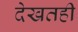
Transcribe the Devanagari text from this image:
देखतही